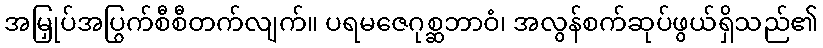
အမြှုပ်အပြွက်စီစီတက်လျက်။ ပရမဇေဂုစ္ဆဘာဝံ၊ အလွန်စက်ဆုပ်ဖွယ်ရှိသည်၏